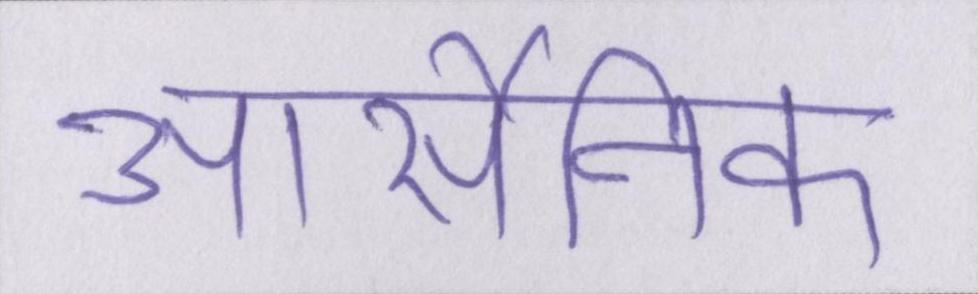
आर्सेनिक